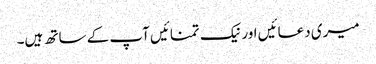
میری دعائیں اور نیک تمنائیں آپ کے ساتھ ہیں۔